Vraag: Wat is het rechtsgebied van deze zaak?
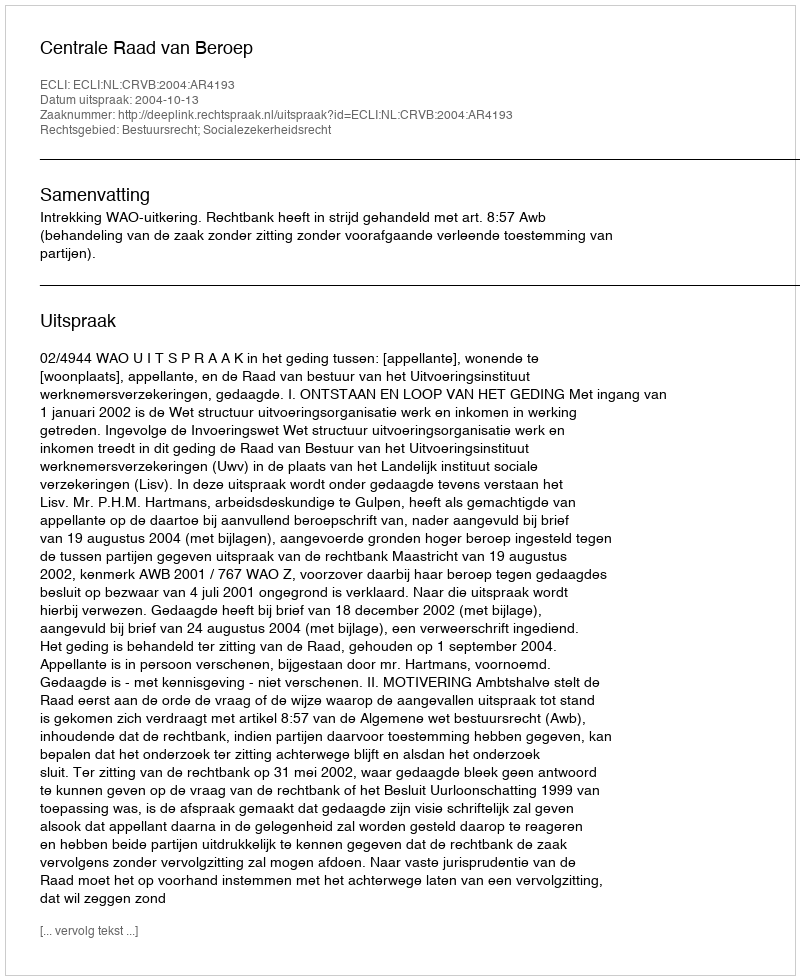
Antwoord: Bestuursrecht; Socialezekerheidsrecht